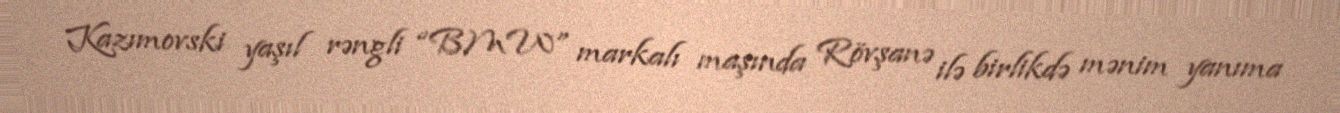
Kazımovski yaşıl rəngli “BMW” markalı maşında Rövşanə ilə birlikdə mənim yanıma